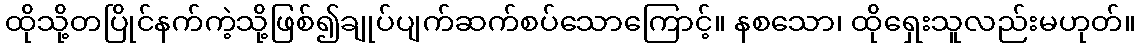
ထိုသို့တပြိုင်နက်ကဲ့သို့ဖြစ်၍ချုပ်ပျက်ဆက်စပ်သောကြောင့်။ နစသော၊ ထိုရှေးသူလည်းမဟုတ်။